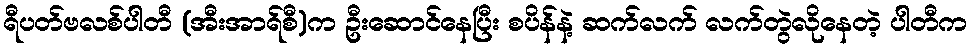
ရီပတ်ဗလစ်ပါတီ (အီးအာရ်စီ)က ဦးဆောင်နေပြီး စပိန်နဲ့ ဆက်လက် လက်တွဲလိုနေတဲ့ ပါတီက